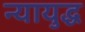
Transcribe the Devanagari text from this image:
न्यायुद्ध